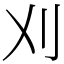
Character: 刈